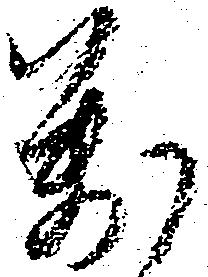
万